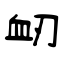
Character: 衂